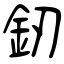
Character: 釰